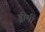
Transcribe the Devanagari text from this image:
ड्रीमी